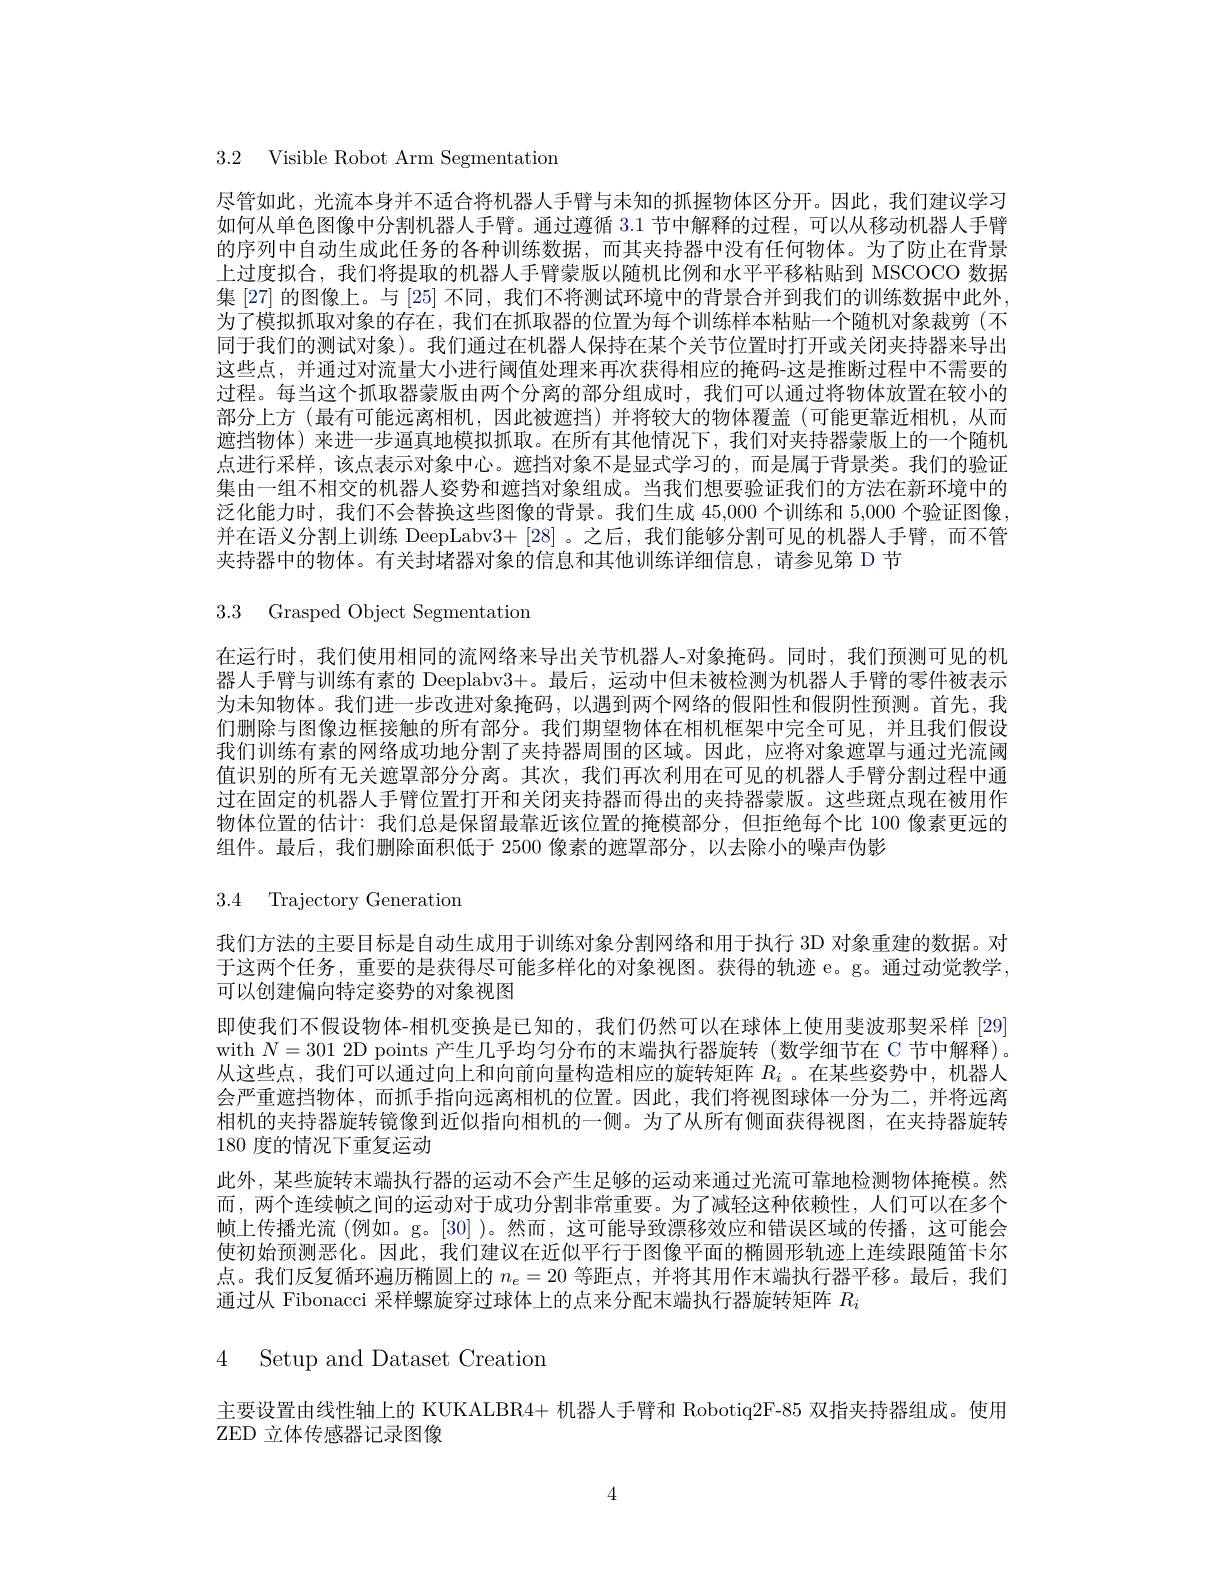
3.2 Visible Robot Arm Segmentation

尽管如此，光流本身并不适合将机器人手臂与未知的抓握物体区分开。因此，我们建议学习如何从单色图像中分割机器人手臂。通过遵循 3.1 节中解释的过程，可以从移动机器人手臂的序列中自动生成此任务的各种训练数据，而其夹持器中没有任何物体。为了防止在背景上过度拟合，我们将提取的机器人手臂蒙版以随机比例和水平平移粘贴到 MSCOCO 数据集 [27] 的图像上。与 [25] 不同，我们不将测试环境中的背景合并到我们的训练数据中此外， 为了模拟抓取对象的存在，我们在抓取器的位置为每个训练样本粘贴一个随机对象栽剪(不同于我们的测试对象)。我们通过在机器人保持在某个关节位置时打开或关闭夹持器来导出这些点，并通过对流量大小进行阈值处理来再次获得相应的掩码-这是推断过程中不需要的过程。每当这个抓取器蒙版由两个分离的部分组成时，我们可以通过将物体放置在较小的部分上方 (最有可能远离相机，因此被遮挡)并将较大的物体覆盖(可能更靠近相机，从而遮挡物体)来进一步逼真地模拟抓取。在所有其他情况下，我们对夹持器蒙版上的一个随机点进行采样，该点表示对象中心。遮挡对象不是显式学习的，而是属于背景类。我们的验证集由一组个相交的机器人姿势和遮挡对象组成。当我们想要验让我们的方法在新环境中的泛化能力时，我们不会替换这些图像的背景。我们生成 45,000 个训练和 5,000 个验证图像并在语义分割上训练 DeepLabv3+[28] 。之后，我们能够分割可见的机器人手臂，而不管夹持器中的物体。有关封堵器对象的信息和其他训练详细信息，请参见第 D 节

3.3 Grasped Object Segmentation

在运行时，我们使用相同的流网络来导出关节机器人-对象掩码。同时，我们预测可见的机器人手臂与训练有素的 Deeplabv3+。最后，运动中但未被检测为机器人手臂的零件被表示为未知物体。我们进一步改进对象掩码，以遇到两个网络的假阳性和假阴性预测。首先，我们删除与图像边框接触的所有部分。我们期望物体在相机框架中完全可见，并且我们假设我们训练有素的网络成功地分割了夹持器周围的区域。因此，应将对象遮罩与通过光流阈值识别的所有无关遮罩部分分离。其次，我们再次利用在可见的机器人手臂分割过程中通过在固定的机器人手臂位置打开和关闭夹持器而得出的夹持器蒙版。这些斑点现在被用作物体位置的估计：我们总是保留最靠近该位置的掩模部分，但拒绝每个比 100 像素更远的组件。最后，我们删除面积低于 2500 像素的遮罩部分，以去除小的噪声伪影

3.4 Trajectory Generation

我们方法的主要目标是自动生成用于训练对象分割网络和用于执行 3D 对象重建的数据。对于这两个任务，重要的是获得尽可能多样化的对象视图。获得的轨迹 e。g。通过动觉教学， 可以创建偏向特定姿势的对象视图
即使我们不假设物体-相机变换是已知的，我们仍然可以在球体上使用斐波那契采样 [29] with $N=301$ 2D points 产生几乎均匀分布的末端执行器旋转(数学细节在 C 节中解释)。从这些点，我们可以通过向上和向前向量构造相应的旋转矩阵$R_i$ 。在某些姿势中，机器人会严重遮挡物体，而抓手指向远离相机的位置。因此，我们将视图球体一分为二，并将远离相机的夹持器旋转镜像到近似指向相机的一侧。为了从所有侧面获得视图，在夹持器旋转180 度的情况下重复运动
此外，某些旋转末端执行器的运动不会产生足够的运动来通过光流可靠地检测物体掩模。然而，两个连续帧之间的运动对于成功分割非常重要。为了减轻这种依赖性，人们可以在多个帧上传播光流 (例如。g。[30] )。然而，这可能导致漂移效应和错误区域的传播，这可能会使初始预测恶化。因此，我们建议在近似平行于图像平面的椭圆形轨迹上连续跟随笛卡尔点。我们反复循环遍历椭圆上的$n_e=20$等距点，并将其用作末端执行器平移。最后，我们通过从 Fibonacci 采样螺旋穿过球体上的点来分配末端执行器旋转矩阵$R_{i}$

# 4 Setup and Dataset Creatiom

主要设置由线性轴上的 KUKALBR4+ 机器人手臂和 Robotiq2F-85 双指夹持器组成。使用
ZED 立体传感器记录图像

4